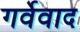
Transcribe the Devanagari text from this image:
गर्वेवाद